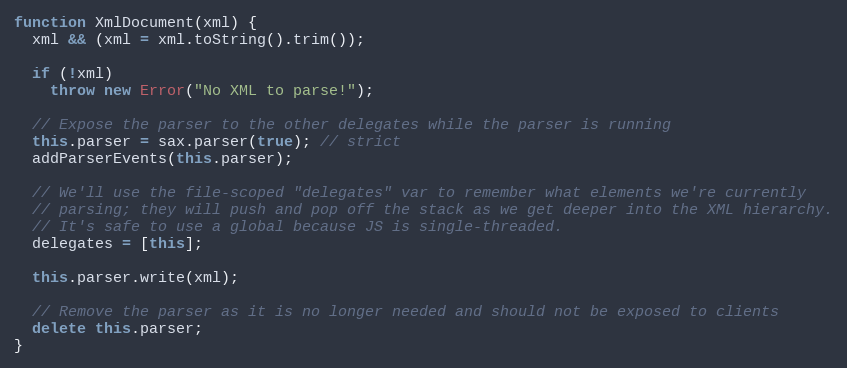
Language: JavaScript
function XmlDocument(xml) {
  xml && (xml = xml.toString().trim());

  if (!xml)
    throw new Error("No XML to parse!");

  // Expose the parser to the other delegates while the parser is running
  this.parser = sax.parser(true); // strict
  addParserEvents(this.parser);

  // We'll use the file-scoped "delegates" var to remember what elements we're currently
  // parsing; they will push and pop off the stack as we get deeper into the XML hierarchy.
  // It's safe to use a global because JS is single-threaded.
  delegates = [this];

  this.parser.write(xml);

  // Remove the parser as it is no longer needed and should not be exposed to clients
  delete this.parser;
}